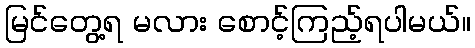
မြင်တွေ့ရ မလား စောင့်ကြည့်ရပါမယ်။